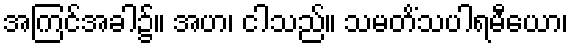
အကြင်အခါ၌။ အဟ၊ ငါသည်။ သမတိံသပါရမီယော၊